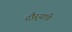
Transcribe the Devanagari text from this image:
दौर्‍यांचे